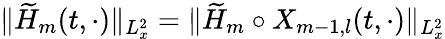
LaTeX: \| \widetilde{H}_{m}(t,\cdot)\| _{L_{x}^{2}}=\| \widetilde{H}_{m}\circ X_{m-1,l}(t,\cdot)\| _{L_{x}^{2}}